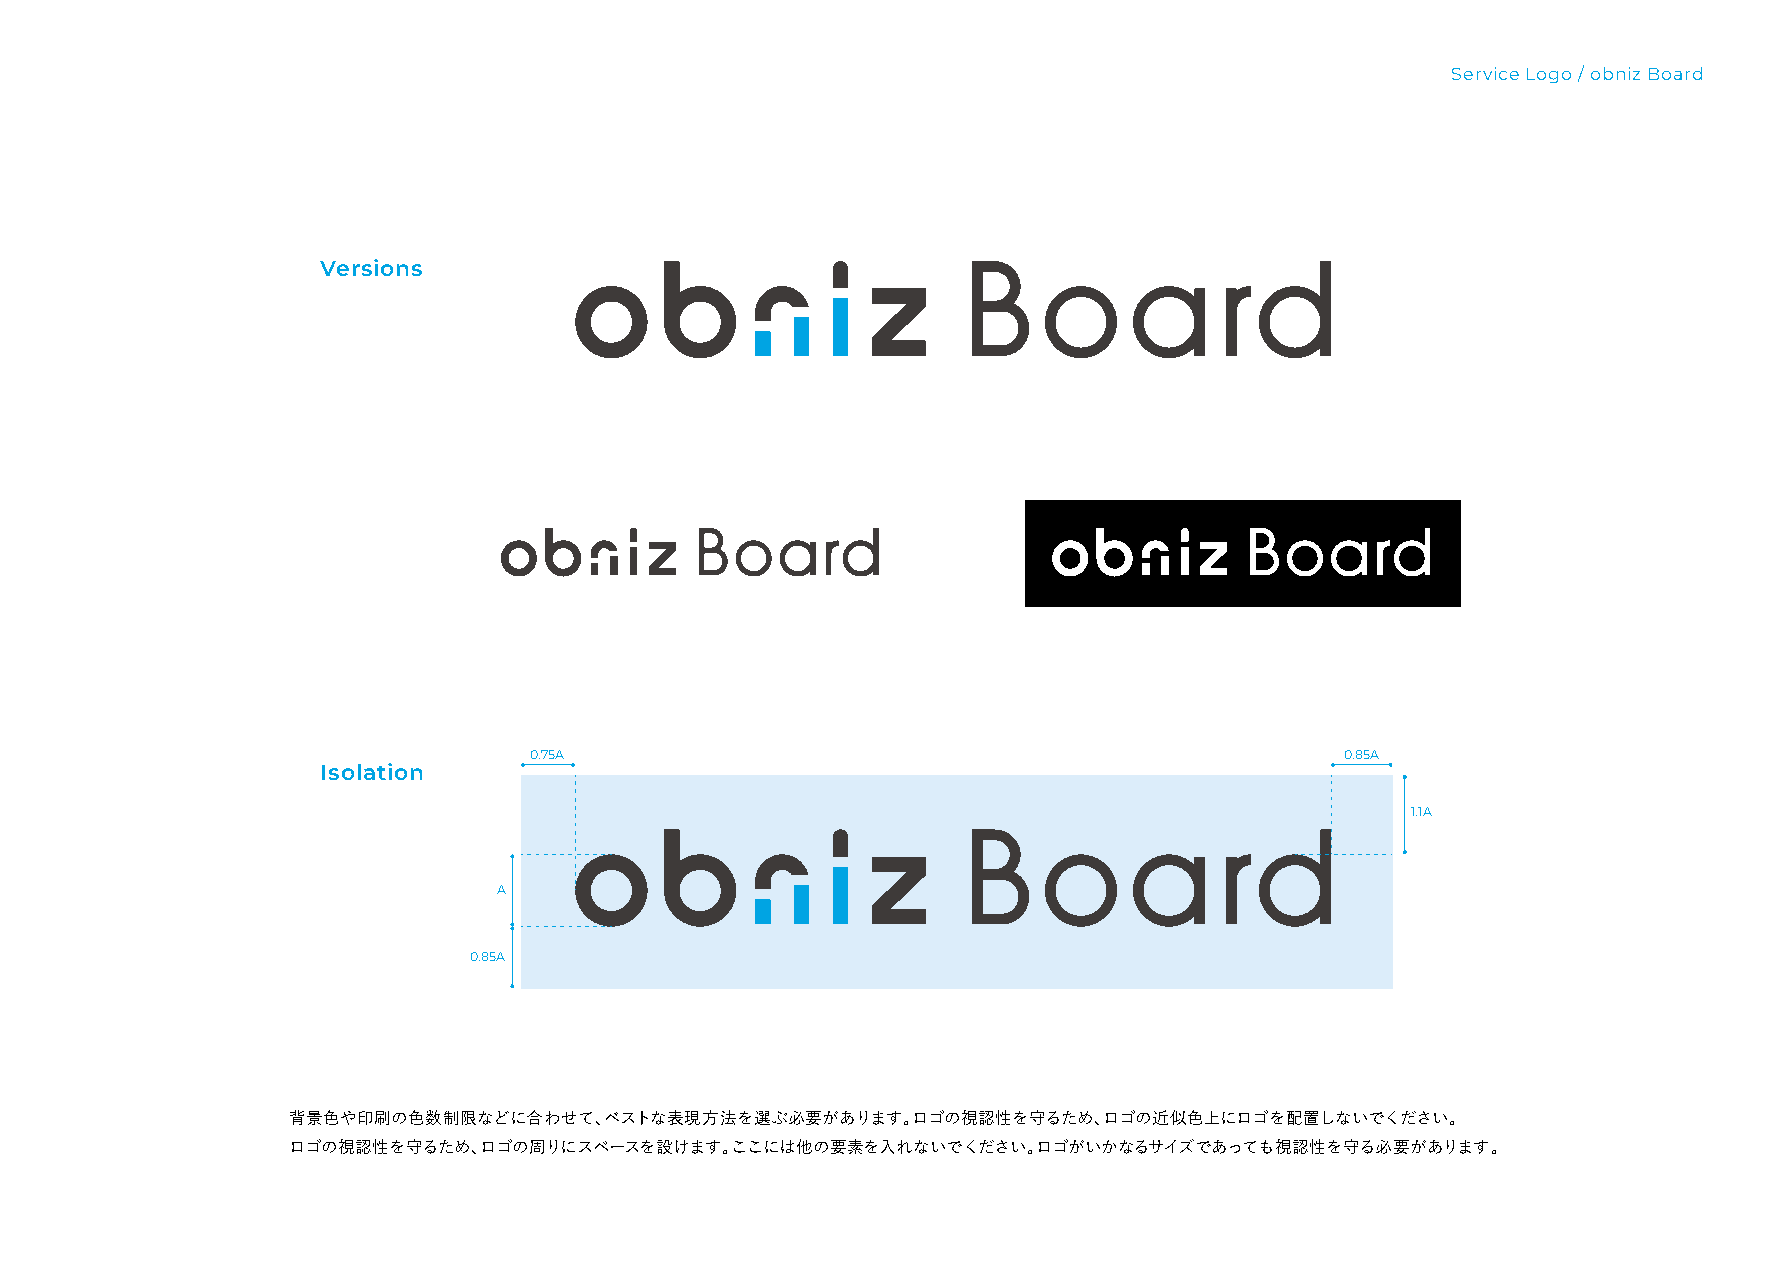
Service Logo / obniz Board
 Versions
 0.75A                                                 0.85A
 Isolation
 1.1A
 A
 0.85A
 背景色や印刷の色数制限などに合わせて、ベストな表現方法を選ぶ必要があります。ロゴの視認性を守るため、ロゴの近似色上にロゴを配置しないでください。
 ロゴの視認性を守るため、ロゴの周りにスペースを設けます。ここには他の要素を入れないでください。ロゴがいかなるサイズであっても視認性を守る必要があります。